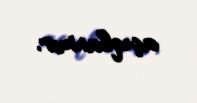
açıqlanmır.